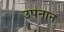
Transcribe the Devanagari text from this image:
उपनान